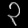
Digit: ၃